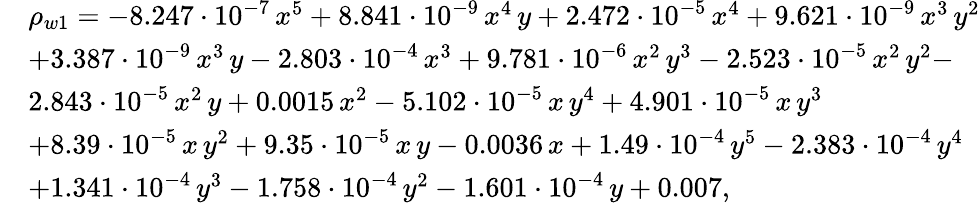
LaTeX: \begin{array}{rl}&{\rho_{w1}=-8.247\cdot 10^{-7}\, x^{5}+8.841\cdot 10^{-9}\, x^{4}\, y+2.472\cdot 10^{-5}\, x^{4}+9.621\cdot 10^{-9}\, x^{3}\, y^{2}}\\ &{+3.387\cdot 10^{-9}\, x^{3}\, y-2.803\cdot 10^{-4}\, x^{3}+9.781\cdot 10^{-6}\, x^{2}\, y^{3}-2.523\cdot 10^{-5}\, x^{2}\, y^{2}-}\\ &{2.843\cdot 10^{-5}\, x^{2}\, y+0.0015\, x^{2}-5.102\cdot 10^{-5}\, x\, y^{4}+4.901\cdot 10^{-5}\, x\, y^{3}}\\ &{+8.39\cdot 10^{-5}\, x\, y^{2}+9.35\cdot 10^{-5}\, x\, y-0.0036\, x+1.49\cdot 10^{-4}\, y^{5}-2.383\cdot 10^{-4}\, y^{4}}\\ &{+1.341\cdot 10^{-4}\, y^{3}-1.758\cdot 10^{-4}\, y^{2}-1.601\cdot 10^{-4}\, y+0.007,}\end{array}